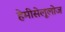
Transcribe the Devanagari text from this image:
हेमीसेलूलोज